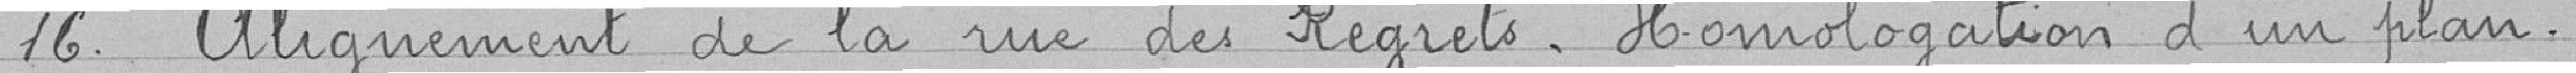
16. Alignement de la rue des Regrets - Homologation d'un plan